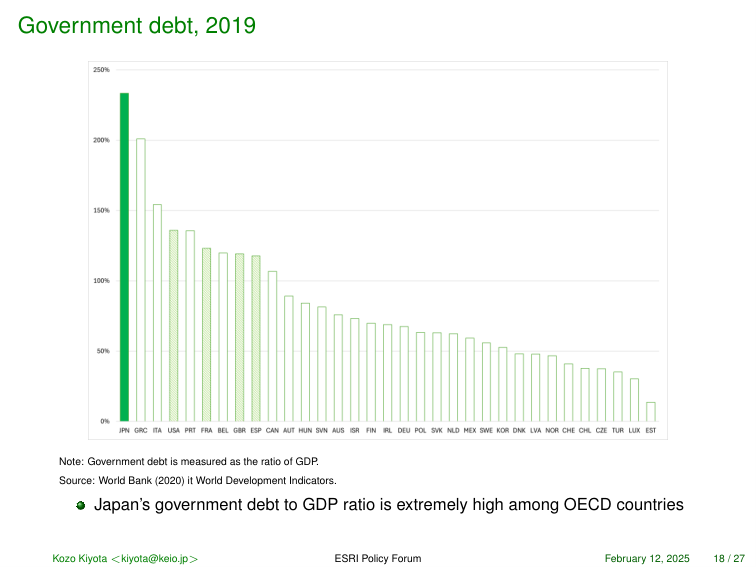
Government debt, 2019

250%
200%
150%
100%
50%
0%

JPN GRC ITA USA PRT FRA BEL GBR ESP CAN AUT HUN SVN AUS ISR FIN IRL DEU POL SVK NLD MEX SWE KOR DNK LVA NOR CHE CHL CZE TUR LUX EST

Note: Government debt is measured as the ratio of GDP.
Source: World Bank (2020) it World Development Indicators.

• Japan's government debt to GDP ratio is extremely high among OECD countries

Kozo Kiyota <kiyota@keio.jp> ESRI Policy Forum February 12, 2025 18 / 27